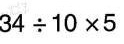
$$34\div10\times